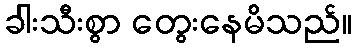
ခါးသီးစွာ တွေးနေမိသည်။